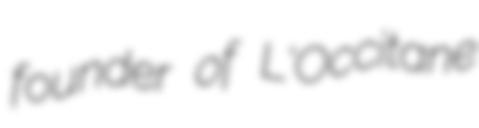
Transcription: founder of L'Occitane